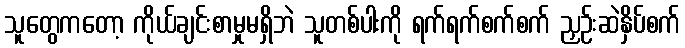
သူတွေကတော့ ကိုယ်ချင်းစာမှုမရှိဘဲ သူတစ်ပါးကို ရက်ရက်စက်စက် ညှဉ်းဆဲနှိပ်စက်